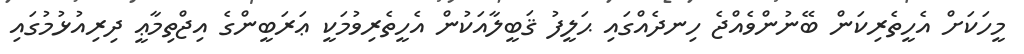
މީހަކަށް އެހީތެރިކަން ބޭނުންވެއްޖެ ހިނދެއްގައި ޙަލީފު ޤަބީލާއަކުން އެހީތެރިވުމަކީ ޢަރަބީންގެ އިޖްތިމާޢީ ދިރިއުޅުމުގައި